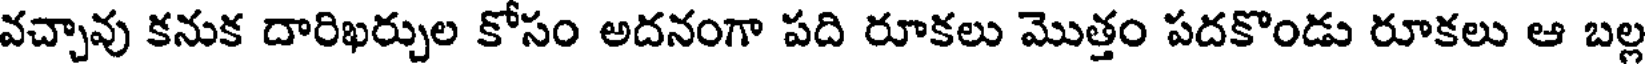
వచ్చావు కనుక దారిఖర్చుల కోసం అదనంగా పది రూకలు మొత్తం పదకొండు రూకలు ఆ బల్ల